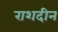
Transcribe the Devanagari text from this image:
राशदीन